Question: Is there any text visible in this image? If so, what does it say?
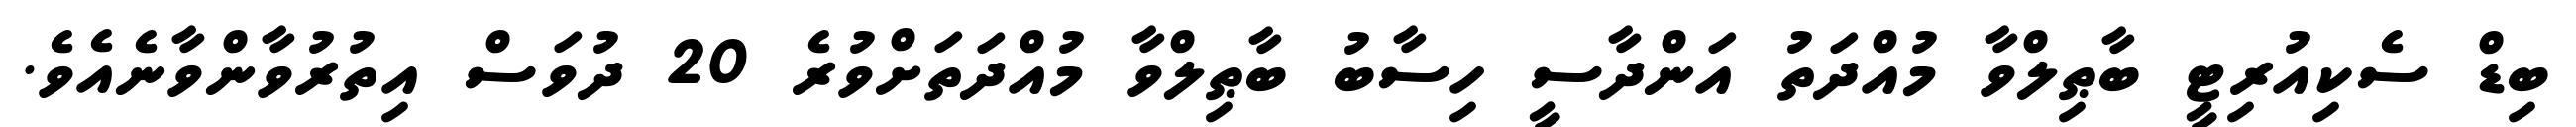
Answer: ބިޑް ސެކިއުރިޓީ ބާޠިލްވާ މުއްދަތު އަންދާސީ ހިސާބު ބާޠިލްވާ މުއްދަތަށްވުރެ 20 ދުވަސް އިތުރުވާންވާނެއެވެ.